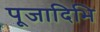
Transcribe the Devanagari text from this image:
पूजादिभि